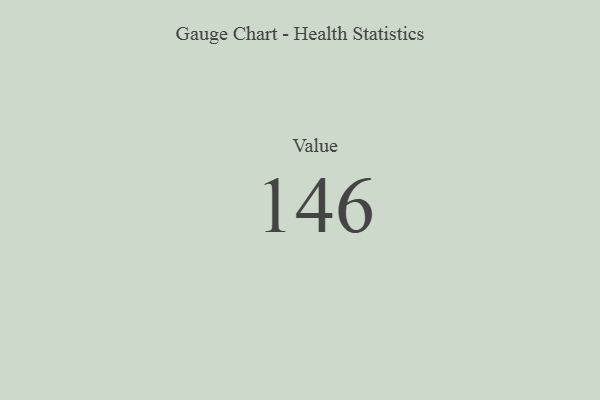
{"axis": {"x": "Metric", "y": "Value"}, "legend": [""], "data": [{"x": "Value", "y": 146, "type": ""}]}